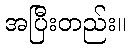
အပြီးတည်း။